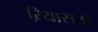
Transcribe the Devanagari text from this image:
ऱियासतों